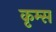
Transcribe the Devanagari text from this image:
कृम्स